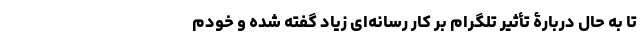
تا به حال دربارۀ تأثیر تلگرام بر کار رسانه‌ای زیاد گفته شده و خودم